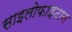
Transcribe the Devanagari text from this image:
साइलोफाइटान